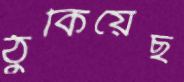
ঠুকিয়েছ